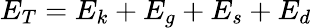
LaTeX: E_{T}=E_{k}+E_{g}+E_{s}+E_{d}